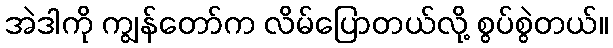
အဲဒါကို ကျွန်တော်က လိမ်ပြောတယ်လို့ စွပ်စွဲတယ်။